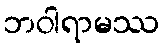
ဘဝါရာမဿ